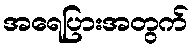
အရေပြားအတွက်